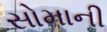
સોમાની